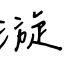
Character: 漩